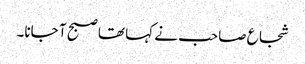
شجاع صاحب نے کہا تھا صبح آ جانا۔